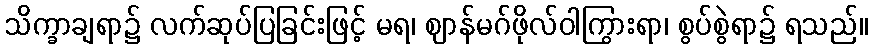
သိက္ခာချရာ၌ လက်ဆုပ်ပြခြင်းဖြင့် မရ၊ ဈာန်မဂ်ဖိုလ်ဝါကြွားရာ၊ စွပ်စွဲရာ၌ ရသည်။